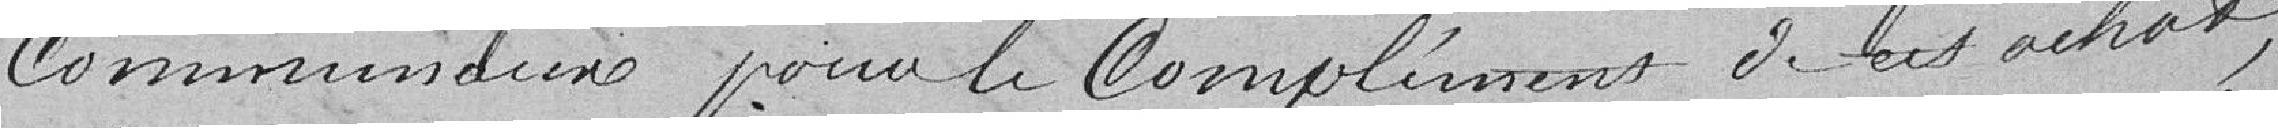
communaux pour le complément de cet achat,